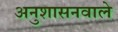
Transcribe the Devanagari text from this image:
अनुशासनवाले